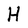
Character: H